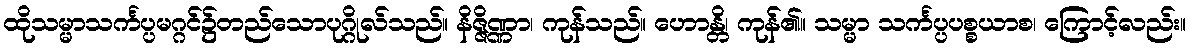
ထိုသမ္မာသင်္ကပ္ပမဂ္ဂင်၌တည်သောပုဂ္ဂိုလ်သည်။ နိဇ္ဇိဏ္ဏာ၊ ကုန်သည်။ ဟောန္တိ၊ ကုန်၏။ သမ္မာ သင်္ကပ္ပပစ္စယာစ၊ ကြောင့်လည်း။